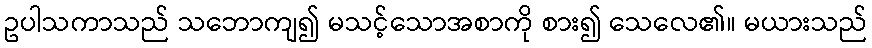
ဥပါသကာသည် သဘောကျ၍ မသင့်သောအစာကို စား၍ သေလေ၏။ မယားသည်